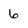
Character: 6